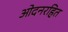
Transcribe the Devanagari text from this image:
ओदनरहित